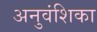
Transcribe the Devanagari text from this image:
अनुवंशिका